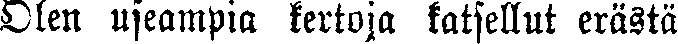
Olen useampia kertoja katsellut erästä